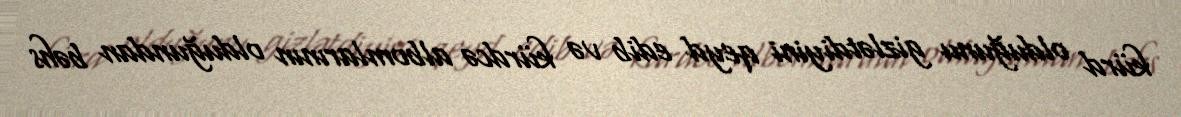
kürd olduğunu gizlətdiyini qeyd edib və kürdcə albomlarının olduğundan bəhs